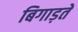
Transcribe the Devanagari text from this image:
बिगाड़ते